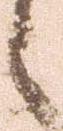
々